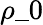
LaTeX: \rho\_ 0